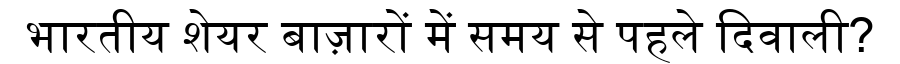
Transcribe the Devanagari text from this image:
भारतीय शेयर बाज़ारों में समय से पहले दिवाली?